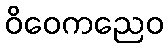
ဝိဝေကညေဝ